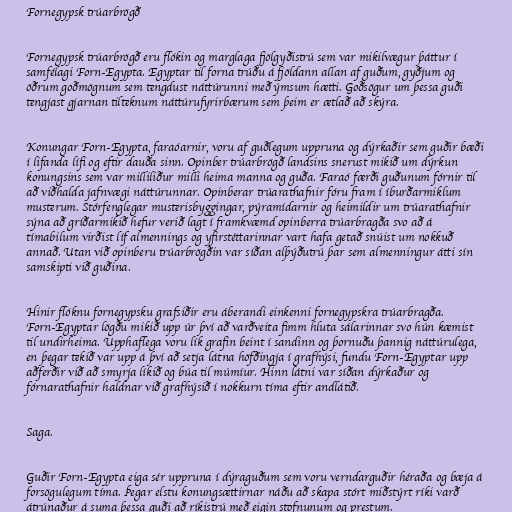
Fornegypsk trúarbrögð

Fornegypsk trúarbrögð eru flókin og marglaga fjölgyðistrú sem var mikilvægur þáttur í
samfélagi Forn-Egypta. Egyptar til forna trúðu á fjöldann allan af guðum, gyðjum og
öðrum goðmögnum sem tengdust náttúrunni með ýmsum hætti. Goðsögur um þessa guði
tengjast gjarnan tilteknum náttúrufyrirbærum sem þeim er ætlað að skýra.

Konungar Forn-Egypta, faraóarnir, voru af guðlegum uppruna og dýrkaðir sem guðir bæði
í lifanda lífi og eftir dauða sinn. Opinber trúarbrögð landsins snerust mikið um dýrkun
konungsins sem var milliliður milli heima manna og guða. Faraó færði guðunum fórnir til
að viðhalda jafnvægi náttúrunnar. Opinberar trúarathafnir fóru fram í íburðarmiklum
musterum. Stórfenglegar musterisbyggingar, pýramídarnir og heimildir um trúarathafnir
sýna að gríðarmikið hefur verið lagt í framkvæmd opinberra trúarbragða svo að á
tímabilum virðist líf almennings og yfirstéttarinnar vart hafa getað snúist um nokkuð
annað. Utan við opinberu trúarbrögðin var síðan alþýðutrú þar sem almenningur átti sín
samskipti við guðina.

Hinir flóknu fornegypsku grafsiðir eru áberandi einkenni fornegypskra trúarbragða.
Forn-Egyptar lögðu mikið upp úr því að varðveita fimm hluta sálarinnar svo hún kæmist
til undirheima. Upphaflega voru lík grafin beint í sandinn og þornuðu þannig náttúrulega,
en þegar tekið var upp á því að setja látna höfðingja í grafhýsi, fundu Forn-Egyptar upp
aðferðir við að smyrja líkið og búa til múmíur. Hinn látni var síðan dýrkaður og
fórnarathafnir haldnar við grafhýsið í nokkurn tíma eftir andlátið.

Saga.

Guðir Forn-Egypta eiga sér uppruna í dýraguðum sem voru verndarguðir héraða og bæja á
forsögulegum tíma. Þegar elstu konungsættirnar náðu að skapa stórt miðstýrt ríki varð
átrúnaður á suma þessa guði að ríkistrú með eigin stofnunum og prestum.